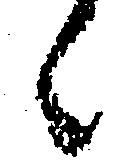
候